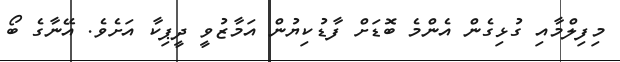
މިފިލްމާއި ގުޅިގެން އެންމެ ބޮޑަށް ފާޑުކިޔުން އަމާޒުވީ ދީޕިކާ އަށެވެ. އޭނާގެ ބޯ